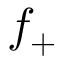
f _ { + }